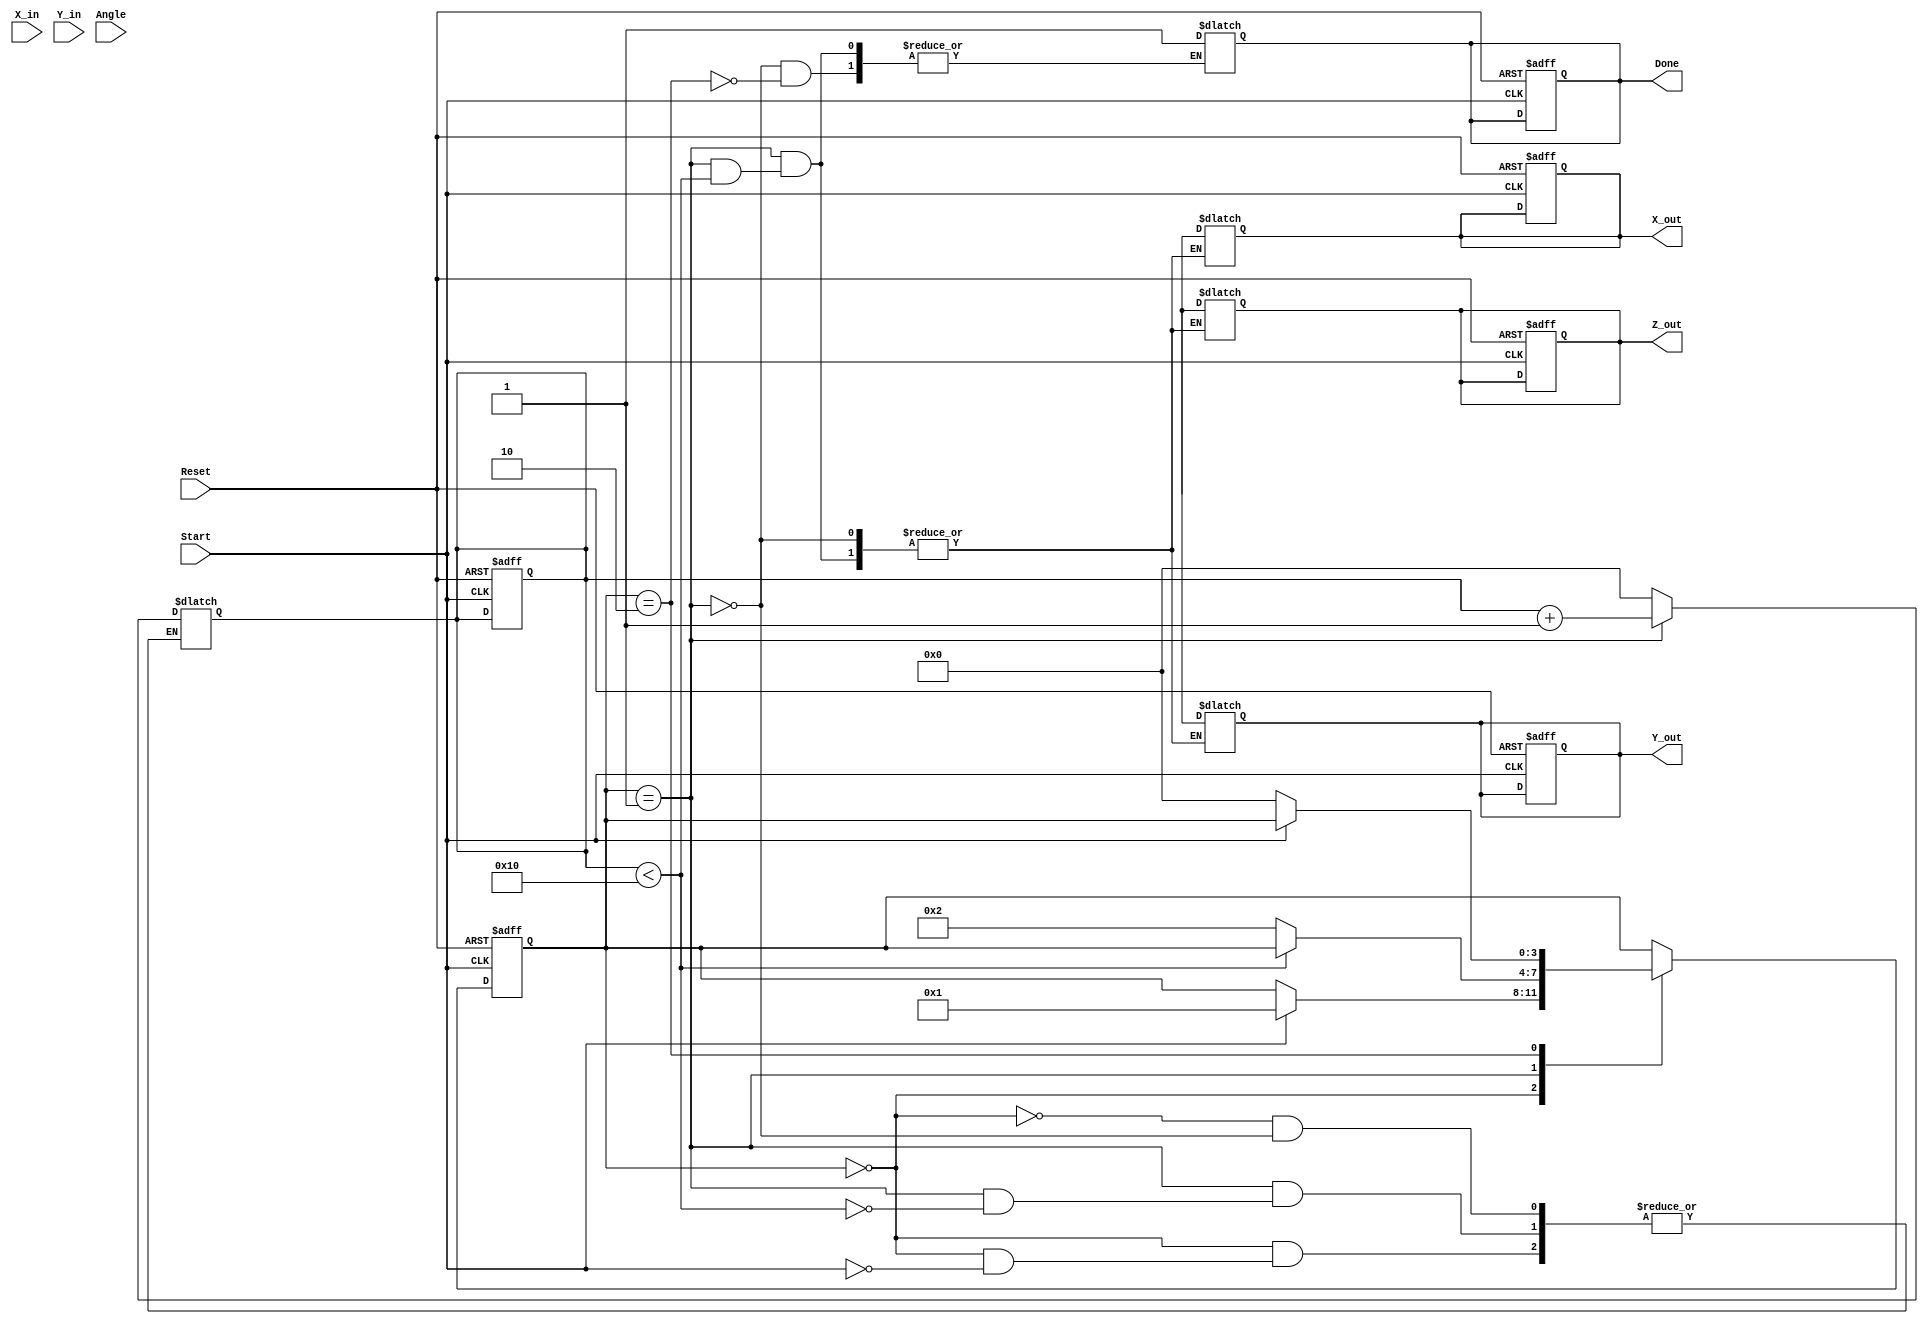
module vectoring_cordic #(
    parameter N = 16,                   // Number of iterations
    parameter WIDTH = 16,               // Bit width for fixed-point representation
    parameter ATAN_LUT_SIZE = N         // Size of the lookup table
)(
    input  wire signed [WIDTH-1:0] X_in,   // Input X-coordinate
    input  wire signed [WIDTH-1:0] Y_in,   // Input Y-coordinate
    input  wire signed [WIDTH-1:0] Angle,   // Input angle
    input  wire Start,                     // Start signal
    input  wire Reset,                     // Asynchronous reset
    output reg signed [WIDTH-1:0] X_out,   // Output X-coordinate
    output reg signed [WIDTH-1:0] Y_out,   // Output Y-coordinate
    output reg signed [WIDTH-1:0] Z_out,   // Output angle
    output reg Done                       // Done signal
);

    // Internal signals
    reg signed [WIDTH-1:0] x [0:N-1];        // X pipeline registers
    reg signed [WIDTH-1:0] y [0:N-1];        // Y pipeline registers
    reg signed [WIDTH-1:0] z [0:N-1];        // Z pipeline registers
    reg [3:0] stage;                         // Current stage
    reg [3:0] state;                         // FSM state
    reg [3:0] next_state;                    // Next state for FSM
    reg signed [WIDTH-1:0] atan_table [0:ATAN_LUT_SIZE-1]; // Lookup table for atan values

    // Initialize atan lookup table (example values for illustration)
    initial begin
        atan_table[0] = 16'h0000; // atan(1) = 0
        atan_table[1] = 16'h26F4; // atan(0.5)
        atan_table[2] = 16'h1C71; // atan(0.25)
        // Populate remaining atan values based on 2^-i
    end
    
    // FSM states
    localparam IDLE = 2'b00, CALC = 2'b01, DONE = 2'b10;

    always @(posedge Start or posedge Reset) begin
        if (Reset) begin
            state <= IDLE;
            stage <= 0;
            Done <= 0;
            X_out <= 0;
            Y_out <= 0;
            Z_out <= 0;
        end else begin
            state <= next_state;
        end
    end

    always @(*) begin
        next_state = state;
        case(state)
            IDLE: begin
                if (Start) begin
                    x[0] = X_in;
                    y[0] = Y_in;
                    z[0] = Angle;
                    stage = 0;
                    next_state = CALC;
                end
            end
            CALC: begin
                if (stage < N) begin
                    // Perform CORDIC rotation
                    if (y[stage] < 0) begin
                        x[stage + 1] = x[stage] + (y[stage] >>> stage);
                        y[stage + 1] = y[stage] + (x[stage] >>> stage);
                        z[stage + 1] = z[stage] + atan_table[stage];
                    end else begin
                        x[stage + 1] = x[stage] - (y[stage] >>> stage);
                        y[stage + 1] = y[stage] - (x[stage] >>> stage);
                        z[stage + 1] = z[stage] - atan_table[stage];
                    end
                    stage = stage + 1;
                end else begin
                    X_out = x[N];
                    Y_out = y[N];
                    Z_out = z[N];
                    Done = 1;
                    next_state = DONE;
                end
            end
            DONE: begin
                Done = 1; // Keep done signal high
                if (!Start) begin
                    next_state = IDLE; // Reset to IDLE on Start signal low
                end
            end
        endcase
    end

endmodule